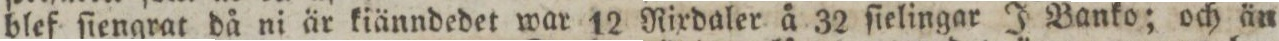
blef ſiengrat då ni är kiänndedet war 12 Rixdaler å 32 ſielingar J Banko; och än